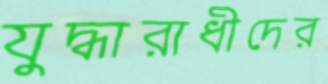
যুদ্ধারাধীদের